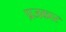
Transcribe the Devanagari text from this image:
प्रजकार